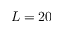
L = 2 0